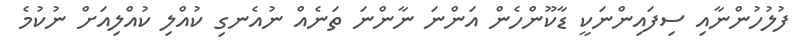
ފުލުހުންނާއި ސިފައިންނަކީ ޑާކޫންހެން އަންނަ ނާންނަ ތަނެއް ނުއެނގި ކުއްލި ކުއްލިއަށް ނުކުމެ